Document type: Sale
Year: 1451
Scribe: [Unknown]
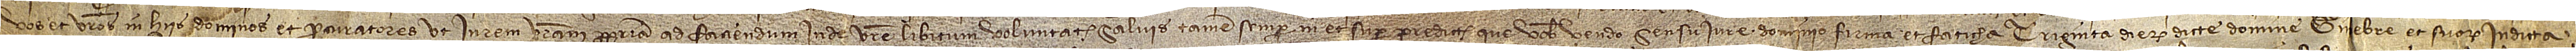
vos et vestros in hiis dominos et procuratores ut in rem vestram propriam ad faciendum inde vestre libitum voluntate, salvis tamen semper in et super predictis que vobis vendo sensu, iure, dominio, firma et faticha triginta dierum dicte domine Gi[n]ebre et suorum in dicta